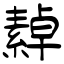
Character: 繛